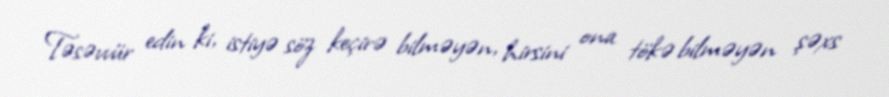
Təsəvvür edin ki, istiyə söz keçirə bilməyən, hirsini ona tökə bilməyən şəxs